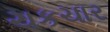
ચકચાર